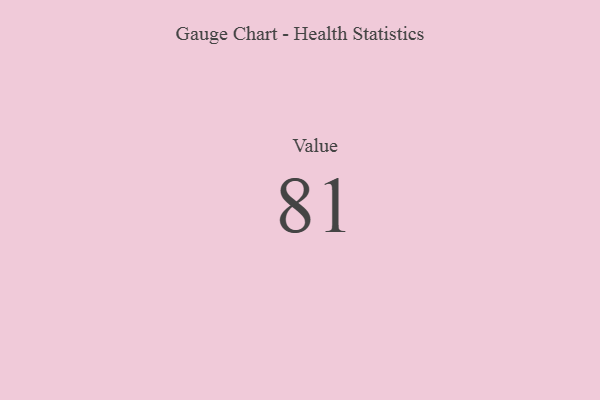
{"axis": {"x": "Metric", "y": "Value"}, "legend": [""], "data": [{"x": "Value", "y": 81, "type": ""}]}